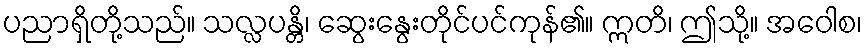
ပညာရှိတို့သည်။ သလ္လပန္တိ၊ ဆွေးနွေးတိုင်ပင်ကုန်၏။ ဣတိ၊ ဤသို့။ အဝေါစ၊